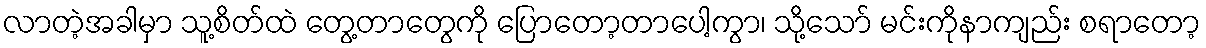
လာတဲ့အခါမှာ သူ့စိတ်ထဲ တွေ့တာတွေကို ပြောတော့တာပေါ့ကွာ၊ သို့သော် မင်းကိုနာကျည်း စရာတော့